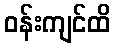
ဝန်းကျင်ထိ